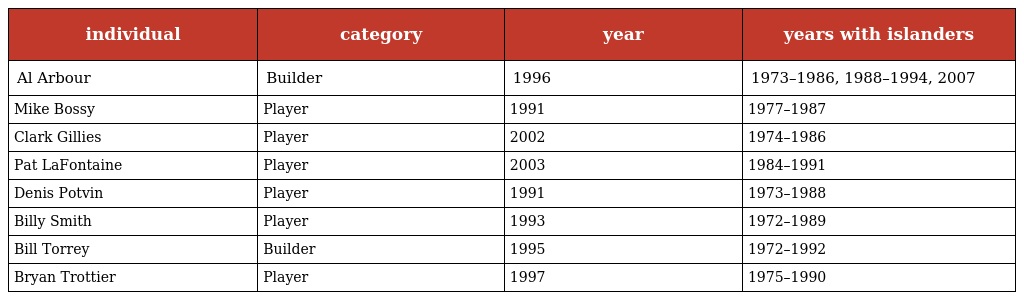
| individual | category | year | years with islanders |
 | --- | --- | --- | --- |
 | Al Arbour | Builder | 1996 | 1973–1986, 1988–1994, 2007 |
 | Mike Bossy | Player | 1991 | 1977–1987 |
 | Clark Gillies | Player | 2002 | 1974–1986 |
 | Pat LaFontaine | Player | 2003 | 1984–1991 |
 | Denis Potvin | Player | 1991 | 1973–1988 |
 | Billy Smith | Player | 1993 | 1972–1989 |
 | Bill Torrey | Builder | 1995 | 1972–1992 |
 | Bryan Trottier | Player | 1997 | 1975–1990 |